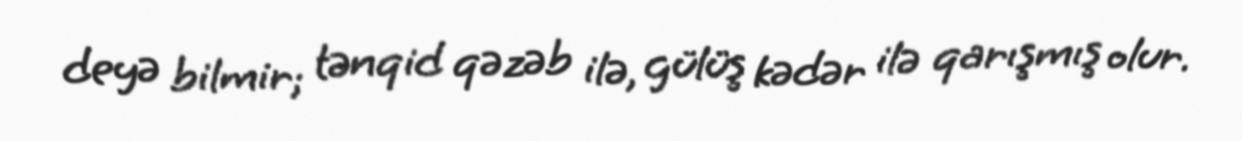
deyə bilmir; tənqid qəzəb ilə, gülüş kədər ilə qarışmış olur.